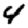
Digit: 4